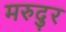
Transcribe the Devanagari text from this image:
मरुदुर